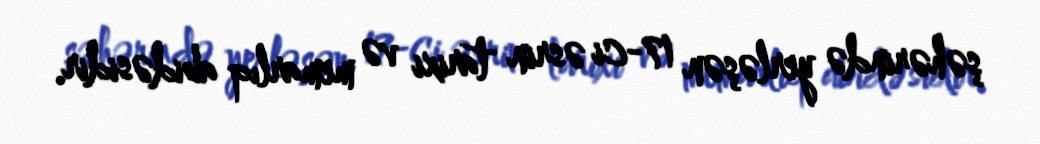
şəhərində yerləşən 17-ci əsrin tarixi və memarlıq abidəsidir.